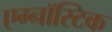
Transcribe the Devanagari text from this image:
एग्नॉस्टिक